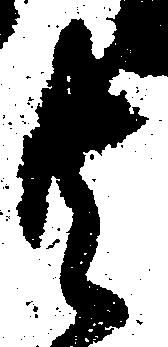
共